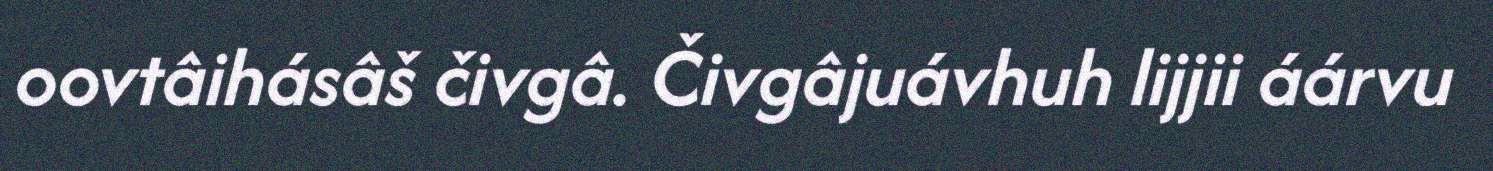
oovtâihásâš čivgâ. Čivgâjuávhuh lijjii áárvu